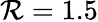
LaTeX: \mathcal{R}=1.5